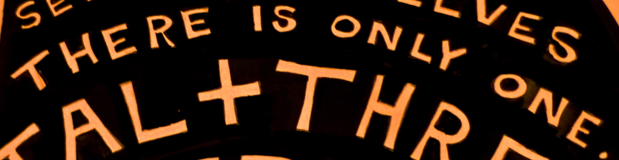
THERE IS ONLY ONE